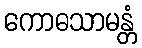
ကောဓသာမန္တံ